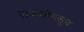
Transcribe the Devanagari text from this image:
राज्यांपासून